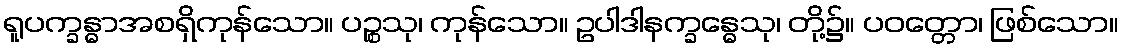
ရူပက္ခန္ဓာအစရှိကုန်သော။ ပဉ္စသု၊ ကုန်သော။ ဥပါဒါနက္ခန္ဓေသု၊ တို့၌။ ပဝတ္တော၊ ဖြစ်သော။